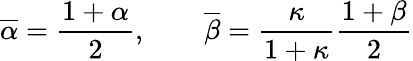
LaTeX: \overline{{\alpha}}=\frac{1+\alpha}{2},\qquad\overline{{\beta}}=\frac{\kappa}{1+\kappa}\frac{1+\beta}{2}